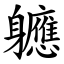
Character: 軈